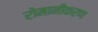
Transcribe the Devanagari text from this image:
रोमानीकरण